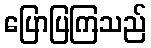
ပြောပြကြသည်